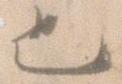
也